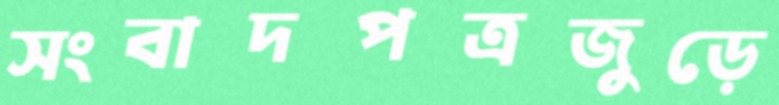
সংবাদপত্রজুড়ে